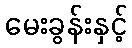
မေးခွန်းနှင့်